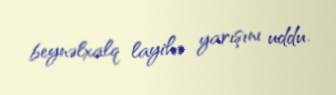
beynəlxalq layihə yarışını uddu.